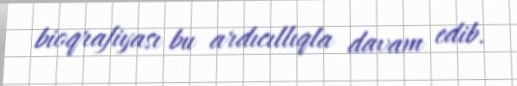
bioqrafiyası bu ardıcıllıqla davam edib.